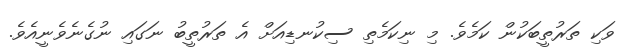
ވަކި ތަރުތީބަކުން ކަމެވެ. މި ނިކަމެތި ސިކުނޑިއަށް އެ ތަރުތީބު ނަގައި ނުގެނެވެނީއެވެ.